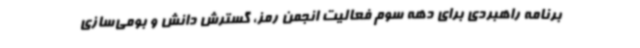
برنامه راهبردی برای دهه سوم فعالیت انجمن رمز، گسترش دانش و بومی‌سازی